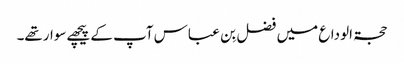
حجۃ الوداع میں فضل بِن عباس آپ کے پیچھےسوارتھے۔